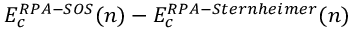
E _ { c } ^ { R P A - S O S } ( n ) - E _ { c } ^ { R P A - S t e r n h e i m e r } ( n )